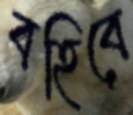
বহিবে